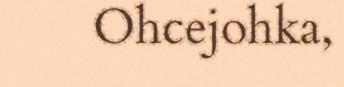
Ohcejohka,